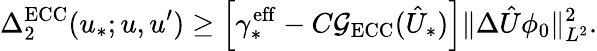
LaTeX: \Delta_{2}^{\mathrm{ECC}}(u_{*};u,u^{\prime})\geq\left[\gamma_{*}^{\mathrm{eff}}-C\mathcal G_{\mathrm{ECC}}(\hat{U}_{*})\right]\Vert\Delta\hat{U}\phi_{0}\Vert_{L^{2}}^{2}.